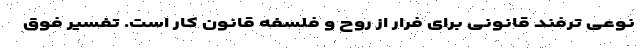
نوعی ترفند قانونی برای فرار از روح و فلسفه قانون کار است. تفسیر فوق